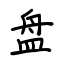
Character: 盘